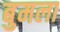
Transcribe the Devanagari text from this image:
बुमला